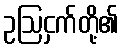
ဥဩငှက်တို့၏